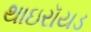
થાઇરૉયડ